Etiology and epidemiology of plague
Disease focus: Plague
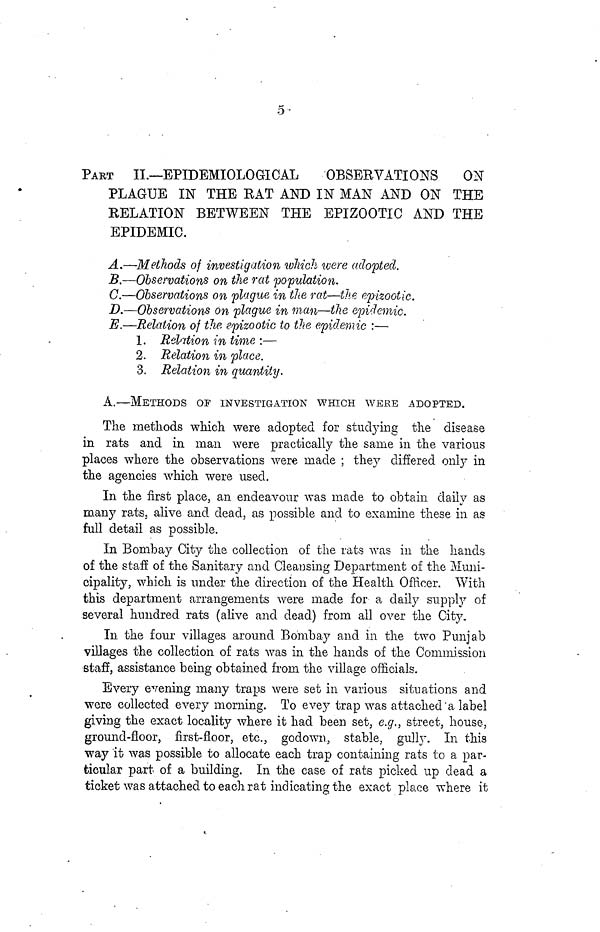
5
PART II.—EPIDEMIOLOGICAL
OBSERVATIONS
ON
PLAGUE IN THE RAT AND IN MAN AND ON THE
RELATION BETWEEN THE EPIZOOTIC AND THE
EPIDEMIC.
A.—Methods of investigation which were adopted.
B.—Observations on the rat population.
C.—Observations on plague in the rat—the epizootic.
D.—Observations on plague in man—the epidemic.
E.—Relation of the. epizootic to the epidemic :—
1. Relation in time :—
2. Relation in place.
3. Relation in quantity.
A.—METHODS OF INVESTIGATION WHICH WERE ADOPTED.
The methods which were adopted for studying the disease
in rats and in man were practically the same in the various
places where the observations were made ; they differed only in
the agencies which were used.
In the first place, an endeavour was made to obtain daily as
many rats, alive and dead, as possible and to examine these in as
full detail as possible.
In Bombay City the collection of the rats was in the hands
of the staff of the Sanitary and Cleansing Department of the Muni-
cipality, which is under the direction of the Health Officer. With
this department arrangements were made for a daily supply of
several hundred rats (alive and dead) from all over the City.
In the four villages around Bombay and in the two Punjab
villages the collection of rats was in the hands of the Commission
staff, assistance being obtained from the village officials.
Every evening many traps were set in various situations and
were collected every morning. To evey trap was attached a label
giving the exact locality where it had been set, e.g., street, house,
ground-floor, first-floor, etc., godown, stable, gully. In this
way it was possible to allocate each trap containing rats to a par-
ticular part of a building. In the case of rats picked up dead a
ticket was attached to each rat indicating the exact place where it